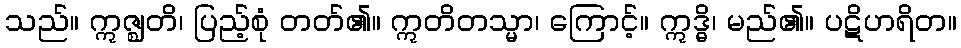
သည်။ ဣဇ္ဈတိ၊ ပြည့်စုံ တတ်၏။ ဣတိတသ္မာ၊ ကြောင့်။ ဣဒ္ဓိ၊ မည်၏။ ပဋိဟရိတ။